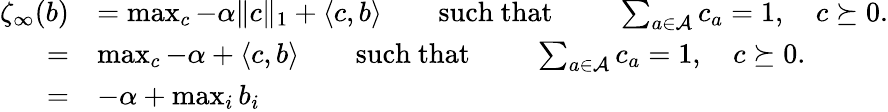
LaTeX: \begin{array}{rl}{\zeta_{\infty}(b)}&{=\operatorname*{max}_{c}-\alpha\lVert c\rVert_{1}+\langle c,b\rangle\qquad\mathrm{such~that~}\qquad\sum_{a\in\mathcal{A}}c_{a}=1,\quad c\succeq 0.}\\ {=}&{\operatorname*{max}_{c}-\alpha+\langle c,b\rangle\qquad\mathrm{such~that~}\qquad\sum_{a\in\mathcal{A}}c_{a}=1,\quad c\succeq 0.}\\ {=}&{-\alpha+\operatorname*{max}_{i}b_{i}}\end{array}